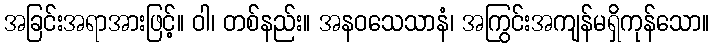
အခြင်းအရာအားဖြင့်။ ဝါ၊ တစ်နည်း။ အနဝသေသာနံ၊ အကြွင်းအကျန်မရှိကုန်သော။